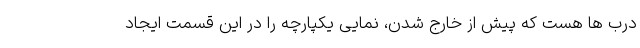
درب ها هست که پیش از خارج شدن، نمایی یکپارچه را در این قسمت ایجاد